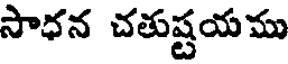
సాధన చతుష్టయము